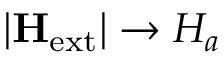
| { \mathbf { H } _ { \mathrm { e x t } } } | \to H _ { a }